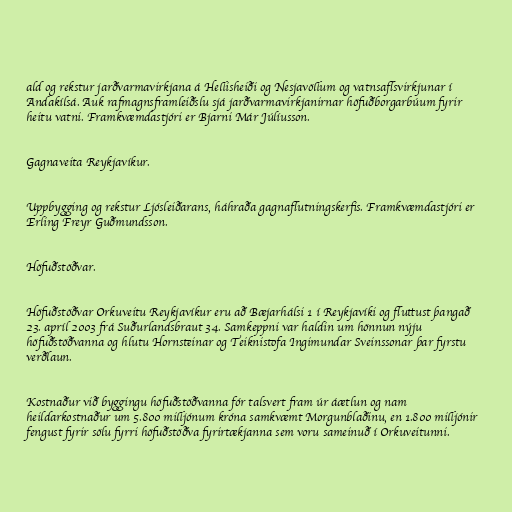
ald og rekstur jarðvarmavirkjana á Hellisheiði og Nesjavöllum og vatnsaflsvirkjunar í
Andakílsá. Auk rafmagnsframleiðslu sjá jarðvarmavirkjanirnar höfuðborgarbúum fyrir
heitu vatni. Framkvæmdastjóri er Bjarni Már Júlíusson.

Gagnaveita Reykjavíkur.

Uppbygging og rekstur Ljósleiðarans, háhraða gagnaflutningskerfis. Framkvæmdastjóri er
Erling Freyr Guðmundsson.

Höfuðstöðvar.

Höfuðstöðvar Orkuveitu Reykjavíkur eru að Bæjarhálsi 1 í Reykjavíki og fluttust þangað
23. apríl 2003 frá Suðurlandsbraut 34. Samkeppni var haldin um hönnun nýju
höfuðstöðvanna og hlutu Hornsteinar og Teiknistofa Ingimundar Sveinssonar þar fyrstu
verðlaun.

Kostnaður við byggingu höfuðstöðvanna fór talsvert fram úr áætlun og nam
heildarkostnaður um 5.800 milljónum króna samkvæmt Morgunblaðinu, en 1.800 milljónir
fengust fyrir sölu fyrri höfuðstöðva fyrirtækjanna sem voru sameinuð í Orkuveitunni.